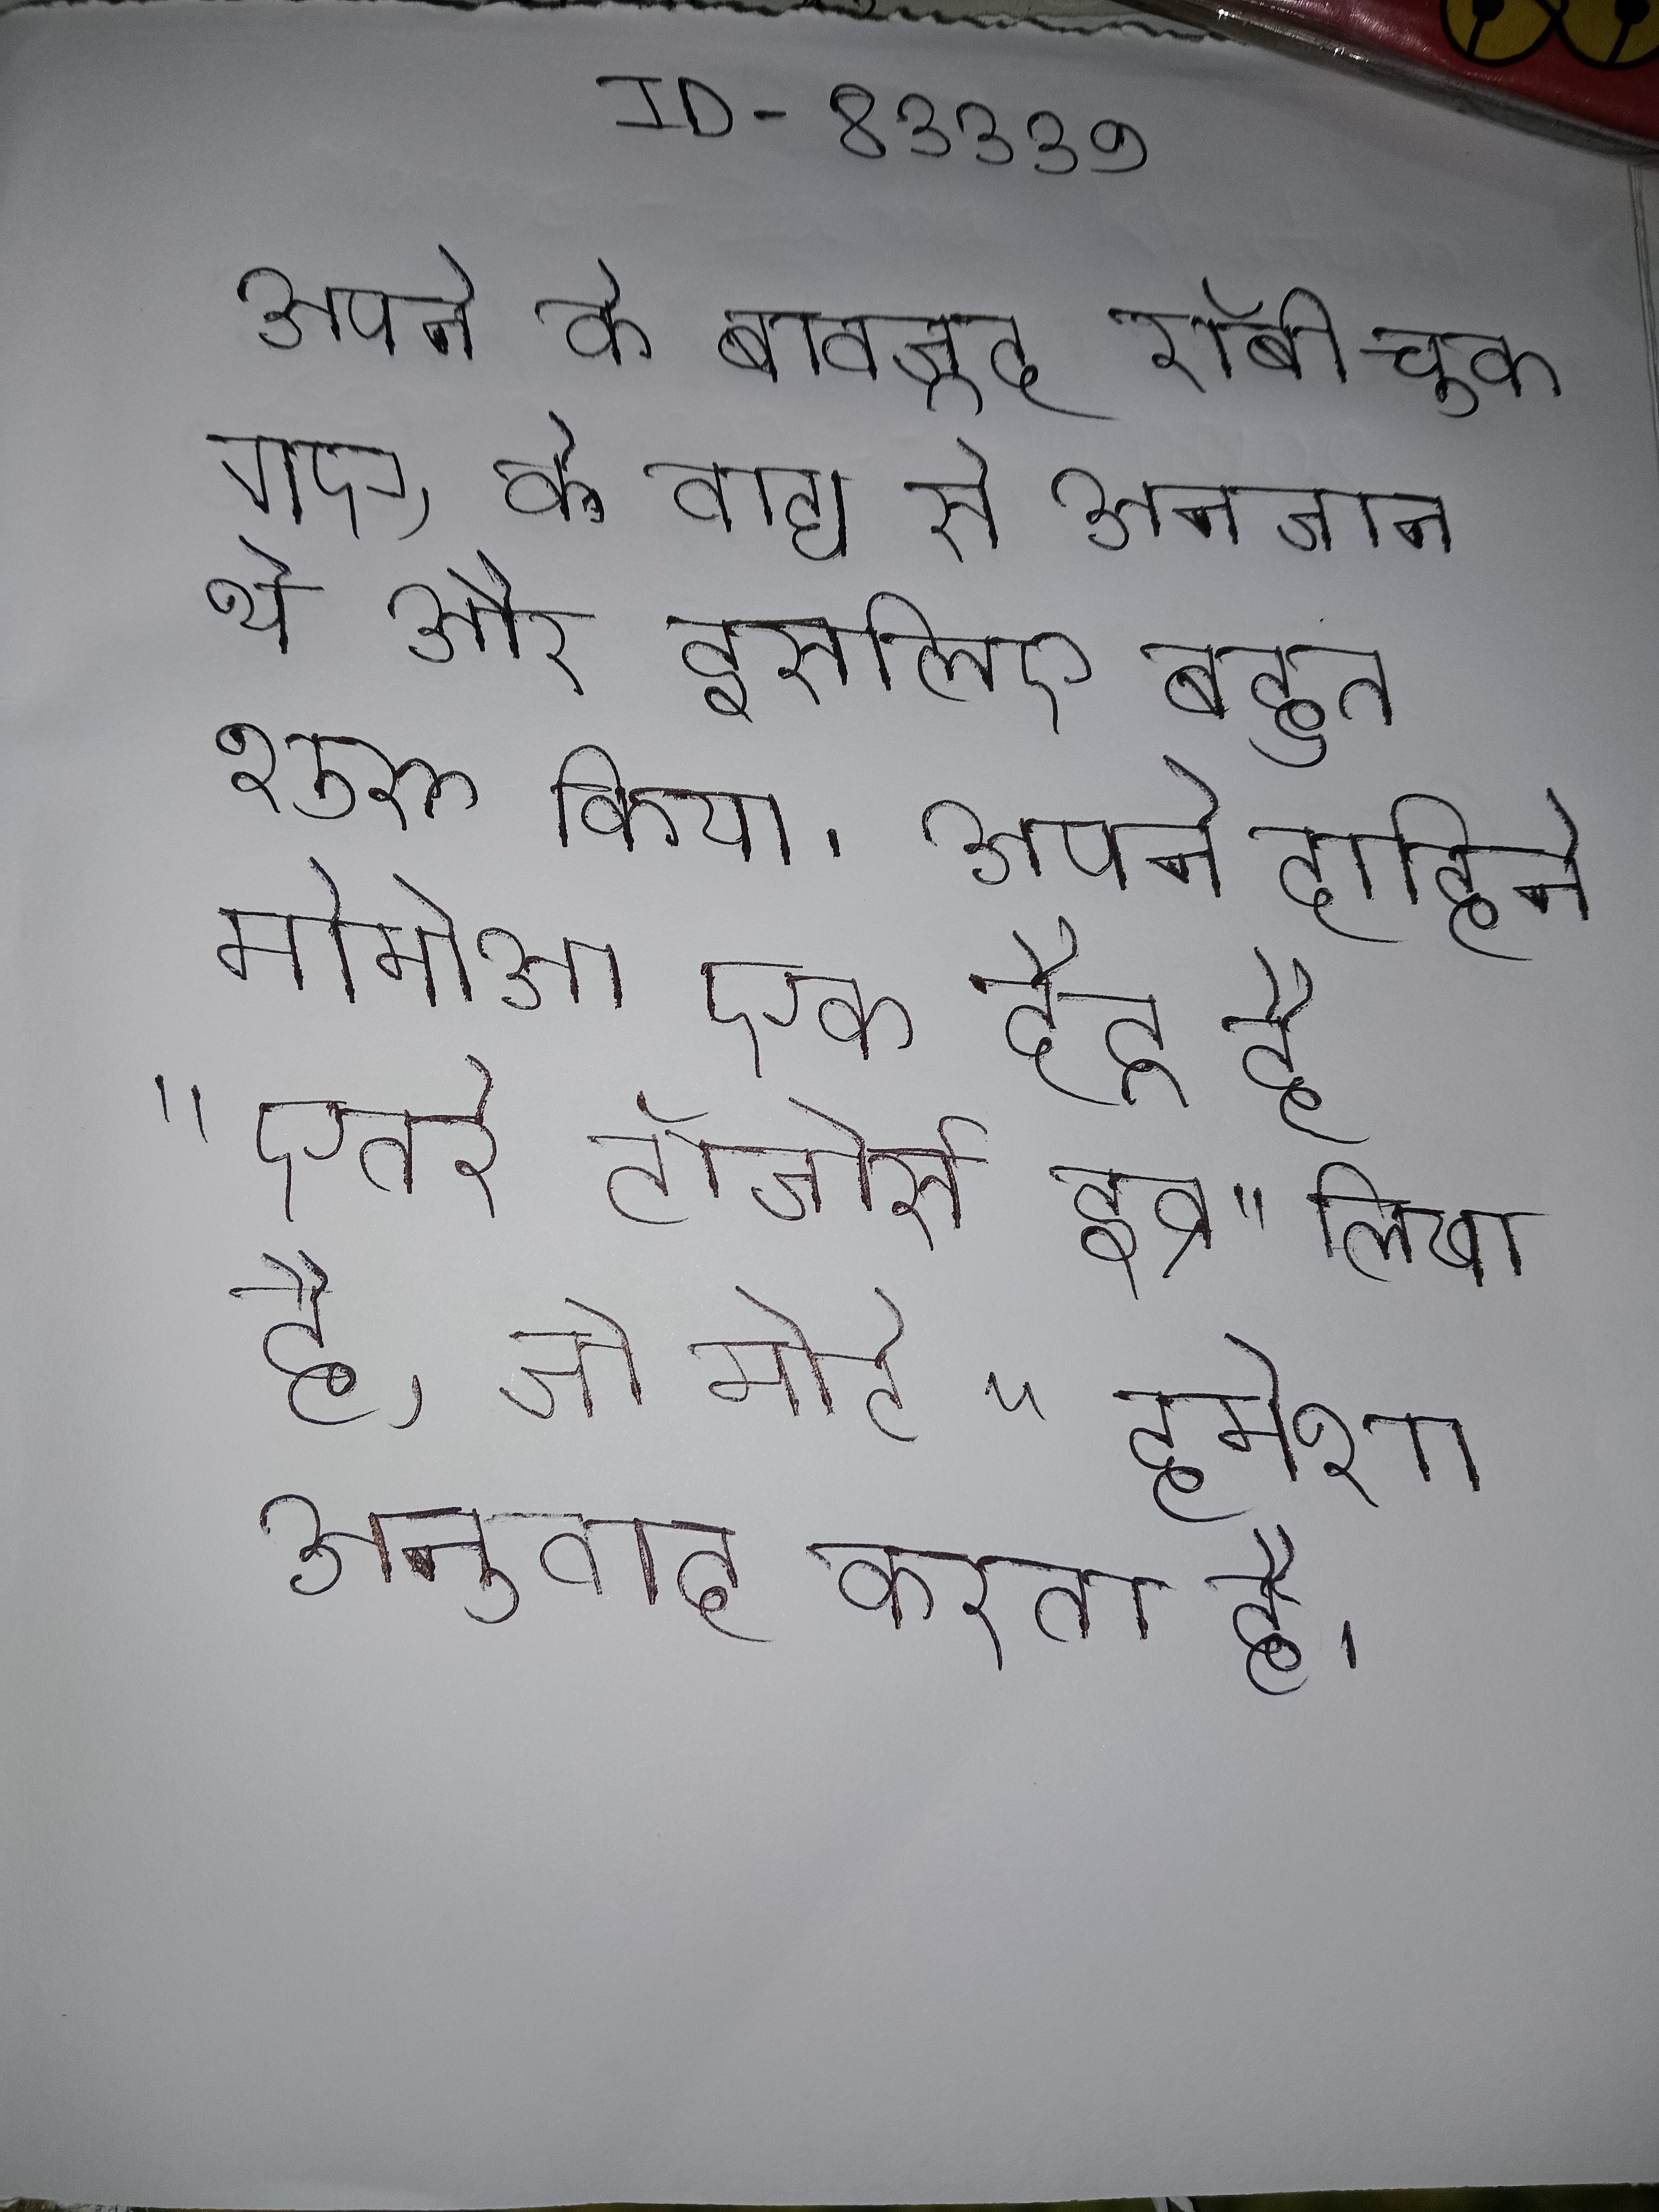
अपने के बावजूद रॉबी चूक गए, वे वाद्य से अनजान थे और इसलिए बहुत जल्दी शुरू किया । अपने दाहिने बाहरी भुजा पर, मोमोआ एक टैटू है "एतरे टॉजोर्स इव्र" लिखा है, जो मोटे तौर पर से "हमेशा नशे के रूप अनुवाद करता है ।